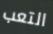
التعب